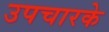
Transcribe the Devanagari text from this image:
उपचारके